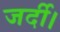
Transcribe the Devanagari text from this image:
जर्दी।